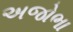
અજોભા